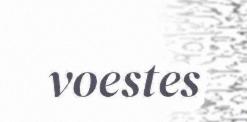
voestes